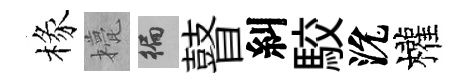
椽甍徧瞽糾駮沇權